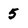
Character: 5